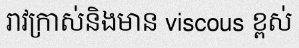
រាវក្រាស់និងមាន viscous ខ្ពស់